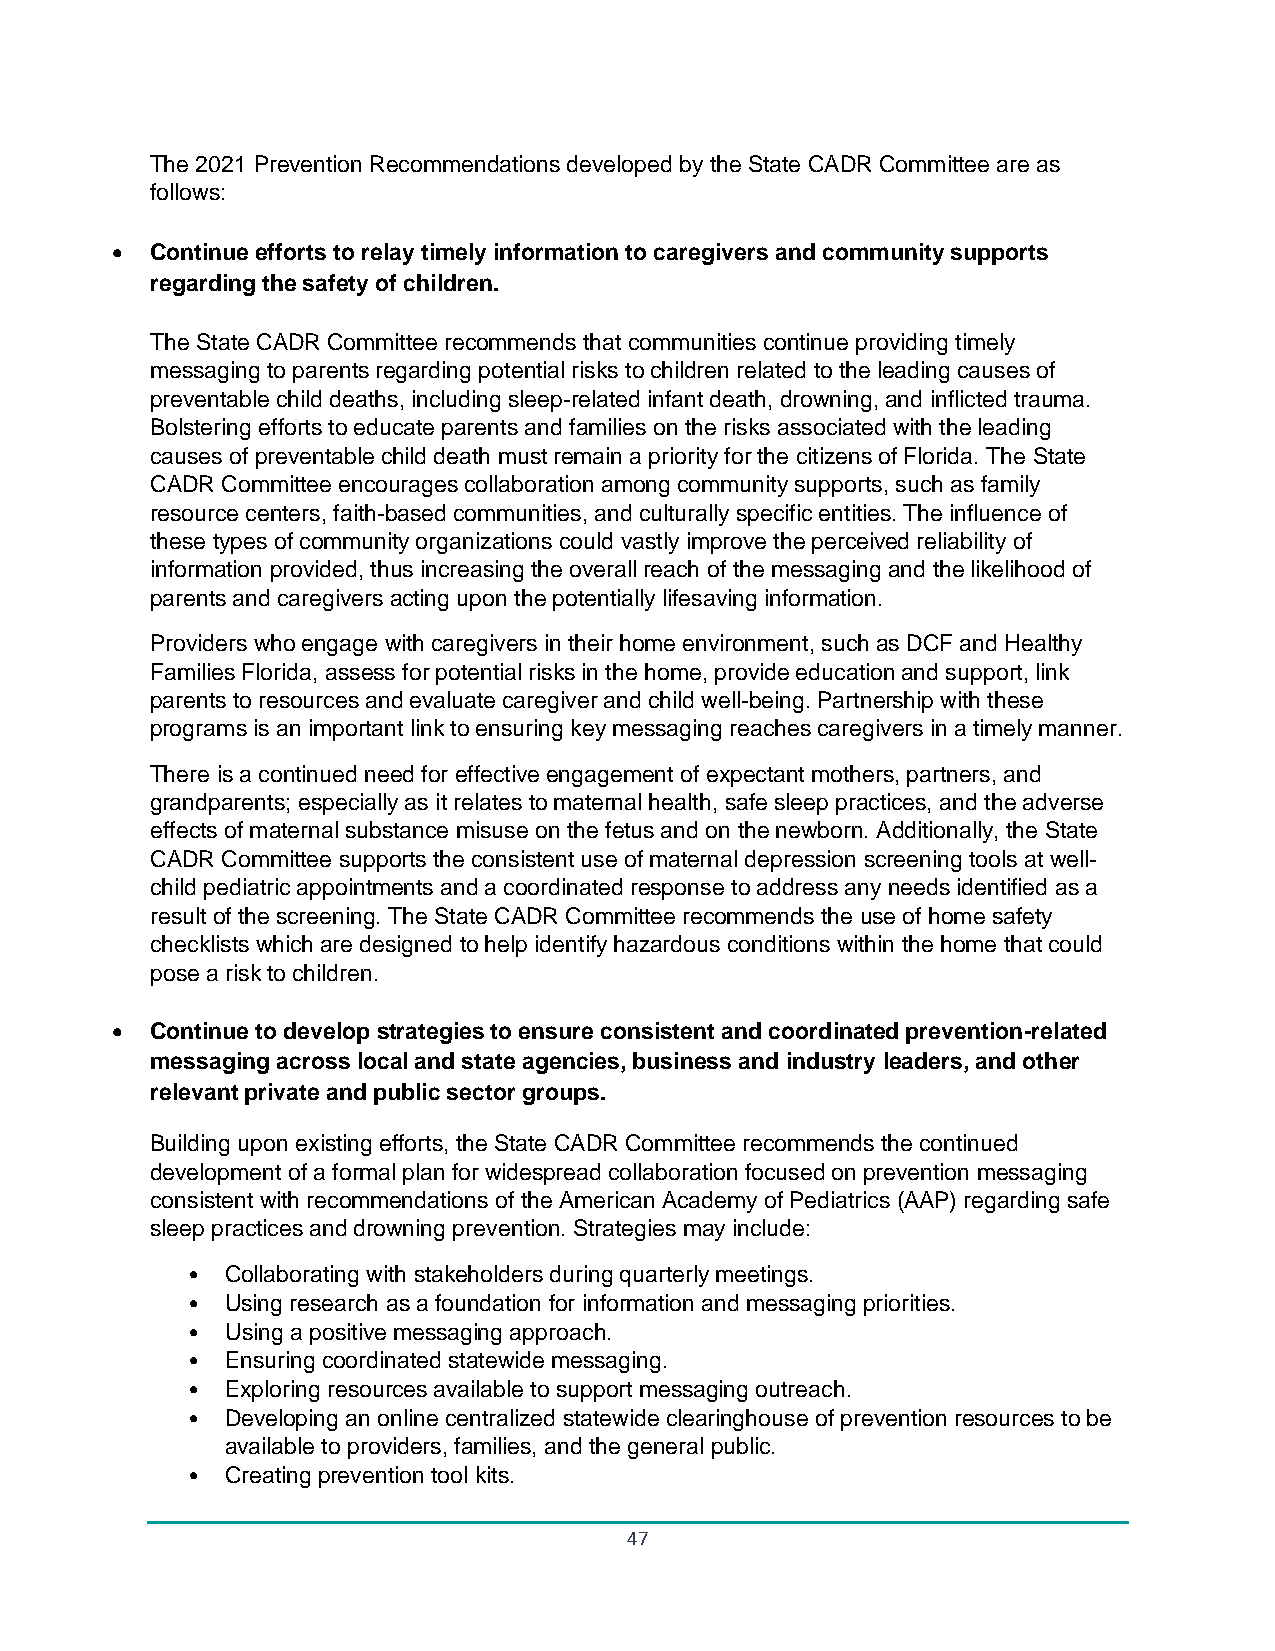
The 2021 Prevention Recommendations developed by the State CADR Committee are as
 follows:
 •  Continue efforts to relay timely information to caregivers and community supports
 regarding the safety of children.
 The State CADR Committee recommends that communities continue providing timely
 messaging to parents regarding potential risks to children related to the leading causes of
 preventable child deaths, including sleep-related infant death, drowning, and inflicted trauma.
 Bolstering efforts to educate parents and families on the risks associated with the leading
 causes of preventable child death must remain a priority for the citizens of Florida. The State
 CADR Committee encourages collaboration among community supports, such as family
 resource centers, faith-based communities, and culturally specific entities. The influence of
 these types of community organizations could vastly improve the perceived reliability of
 information provided, thus increasing the overall reach of the messaging and the likelihood of
 parents and caregivers acting upon the potentially lifesaving information.
 Providers who engage with caregivers in their home environment, such as DCF and Healthy
 Families Florida, assess for potential risks in the home, provide education and support, link
 parents to resources and evaluate caregiver and child well-being. Partnership with these
 programs is an important link to ensuring key messaging reaches caregivers in a timely manner.
 There is a continued need for effective engagement of expectant mothers, partners, and
 grandparents; especially as it relates to maternal health, safe sleep practices, and the adverse
 effects of maternal substance misuse on the fetus and on the newborn. Additionally, the State
 CADR Committee supports the consistent use of maternal depression screening tools at well-
 child pediatric appointments and a coordinated response to address any needs identified as a
 result of the screening. The State CADR Committee recommends the use of home safety
 checklists which are designed to help identify hazardous conditions within the home that could
 pose a risk to children.
 •  Continue to develop strategies to ensure consistent and coordinated prevention-related
 messaging across local and state agencies, business and industry leaders, and other
 relevant private and public sector groups.
 Building upon existing efforts, the State CADR Committee recommends the continued
 development of a formal plan for widespread collaboration focused on prevention messaging
 consistent with recommendations of the American Academy of Pediatrics (AAP) regarding safe
 sleep practices and drowning prevention. Strategies may include:
 •  Collaborating with stakeholders during quarterly meetings.
 •  Using research as a foundation for information and messaging priorities.
 •  Using a positive messaging approach.
 •  Ensuring coordinated statewide messaging.
 •  Exploring resources available to support messaging outreach.
 •  Developing an online centralized statewide clearinghouse of prevention resources to be
 available to providers, families, and the general public.
 •  Creating prevention tool kits.
 47